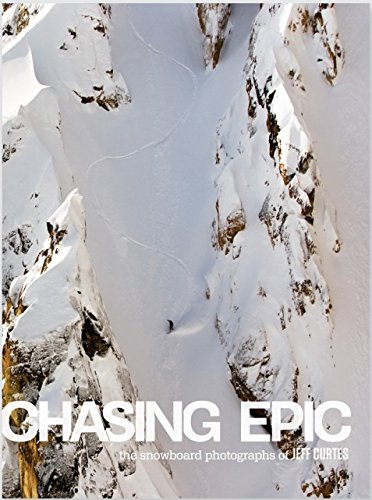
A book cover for Chasing Epic: The Snowboard Photography of Jeff Curtes; Arts & Photography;